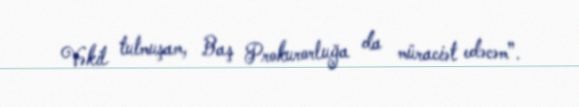
Vəkil tutmuşam, Baş Prokurorluğa da müraciət edəcəm”.